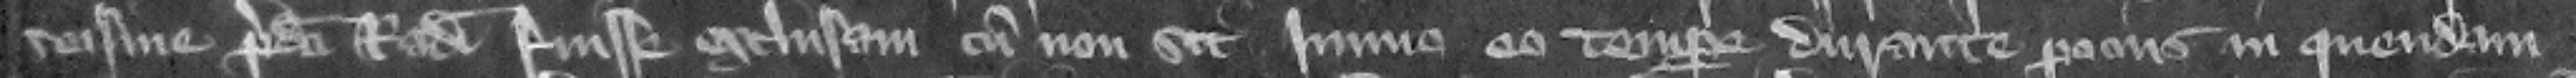
seisine predicti Radulfi fuisse exclusam cum non sit immo e tempore durante pocius in quendam